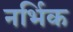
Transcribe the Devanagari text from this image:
नर्भिक